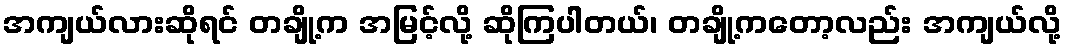
အကျယ်လားဆိုရင် တချို့က အမြင့်လို့ ဆိုကြပါတယ်၊ တချို့ကတော့လည်း အကျယ်လို့